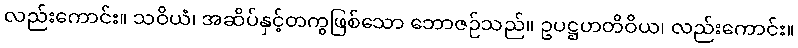
လည်းကောင်း။ သဝိယံ၊ အဆိပ်နှင့်တကွဖြစ်သော ဘောဇဉ်သည်။ ဥပဋ္ဌဟတိဝိယ၊ လည်းကောင်း။